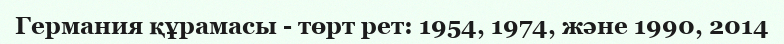
Германия құрамасы - төрт рет: 1954, 1974, және 1990, 2014